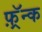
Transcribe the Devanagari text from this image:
फ़्रॅन्क